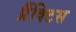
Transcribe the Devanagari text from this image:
प्रैंक्टिस